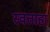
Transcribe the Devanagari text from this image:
स्वताहा